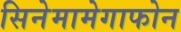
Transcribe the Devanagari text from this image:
सिनेमामेगाफोन